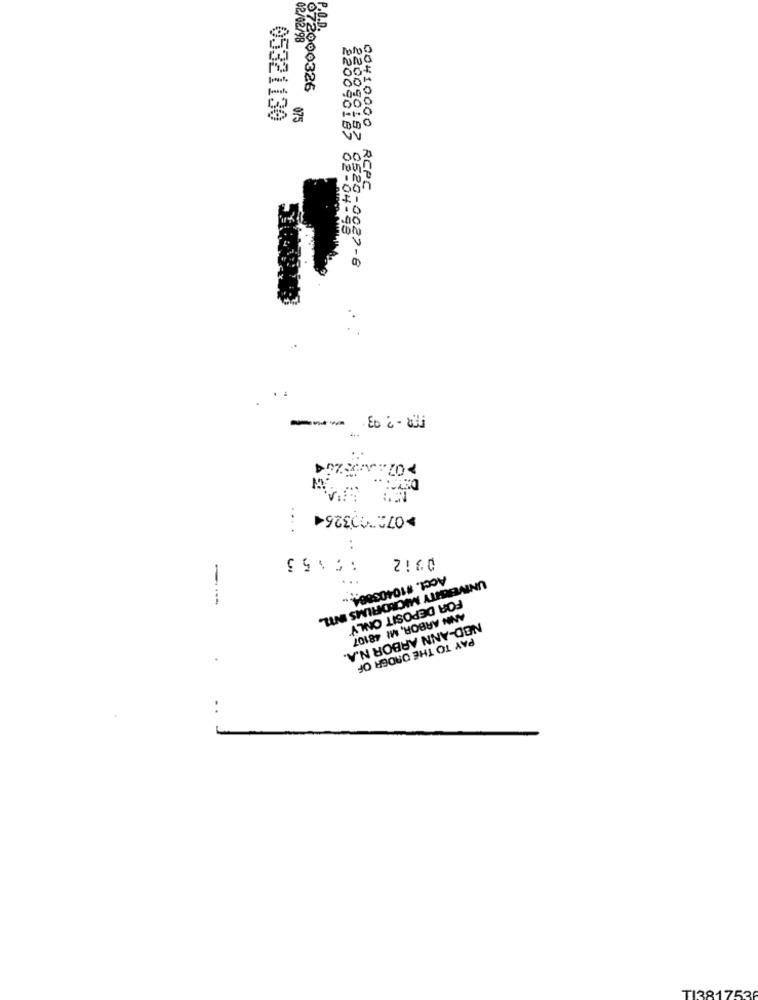
P.O.D.
02/02/98
2900326
05321130
975
CO410000
RCPC
22083818, 82-04-9
---
DEY ....
>0727003264
....
. .
:5153
0312
Acct. #10403884.
---
UNIVERHTY MICRORIMS NIL.
FOR DEPOSIT ONLY'
ANN ARBOR, MI 48107
NOD-ANN ARBOR N.A.
PAY TO THE ORDER OF
..
TI3817